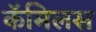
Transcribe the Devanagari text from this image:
कॅमिलस